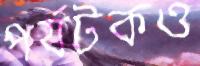
পর্যটকও